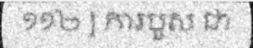
១១២ ] ការបួស ជា